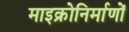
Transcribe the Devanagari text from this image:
माइक्रोनिर्माणों